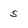
Character: s